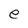
Character: e